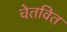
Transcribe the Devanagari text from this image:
चेतवित